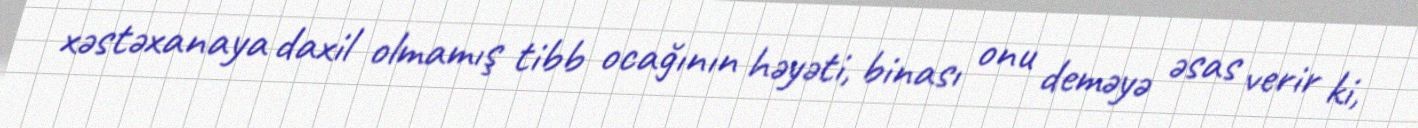
xəstəxanaya daxil olmamış tibb ocağının həyəti, binası onu deməyə əsas verir ki,